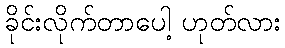
ခိုင်းလိုက်တာပေါ့ ဟုတ်လား